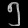
Digit: ၅